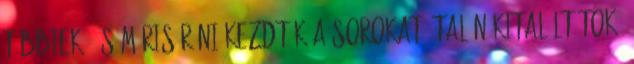
többiek, és máris róni kezdték a sorokat. Talán kitaláltátok,